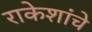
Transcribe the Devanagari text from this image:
राकेशांचे